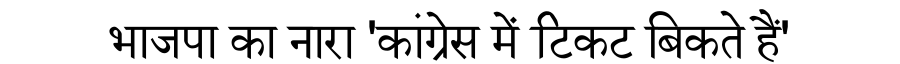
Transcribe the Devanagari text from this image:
भाजपा का नारा 'कांग्रेस में टिकट बिकते हैं'